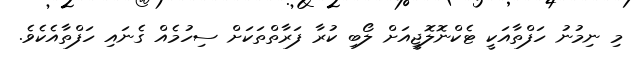
މި ނިމުނު ހަފްތާއަކީ ޓެކްނޮލޮޖީއަށް ލޯބި ކުރާ ފަރާތްތަކަށް ސިހުމެއް ގެނައި ހަފްތާއެކެވެ.